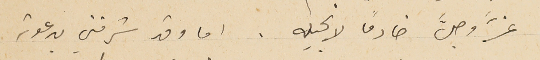
عزَّ وجلَّ خادمًا لانجيله. اما وقد شرفني بدعوته